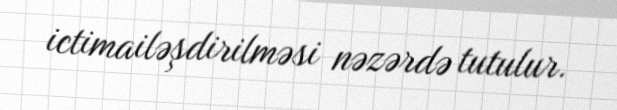
ictimailəşdirilməsi nəzərdə tutulur.